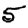
Digit: 5